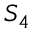
S _ { 4 }